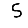
Digit: 5